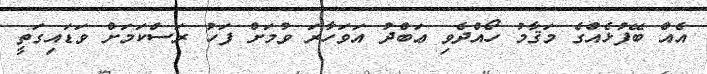
އެއް ބޭފުޅެއްގެ މަޤާމު ހޯއްދެވި ޢަބްދު އަވަހާރަ ވުމަށް ފަހު ރަސްކަމަށް ވަޑައިގަތީ